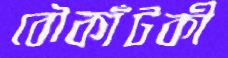
বৌকাঁটকী